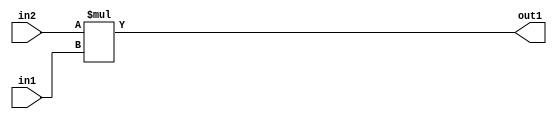
`timescale 1ps / 1ps
/*****************************************************************************
    Verilog RTL Description
    
    
    Created by: Stratus DpOpt 2019.1.01 
*******************************************************************************/

module DC_Filter_Mul_9Ux2U_11U_1 (
	in2,
	in1,
	out1
	); /* architecture "behavioural" */ 
input [8:0] in2;
input [1:0] in1;
output [10:0] out1;
wire [10:0] asc001;

assign asc001 = 
	+(in2 * in1);

assign out1 = asc001;
endmodule

/* CADENCE  ubD3Tw8= : u9/ySgnWtBlWxVPRXgAZ4Og= ** DO NOT EDIT THIS LINE ******/